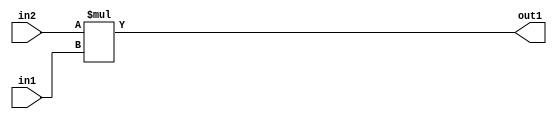
`timescale 1ps / 1ps
/*****************************************************************************
    Verilog RTL Description
    
    
    Created by: Stratus DpOpt 2019.1.01 
*******************************************************************************/

module DC_Filter_Mul_9Ux2U_11U_1 (
	in2,
	in1,
	out1
	); /* architecture "behavioural" */ 
input [8:0] in2;
input [1:0] in1;
output [10:0] out1;
wire [10:0] asc001;

assign asc001 = 
	+(in2 * in1);

assign out1 = asc001;
endmodule

/* CADENCE  ubD3Tw8= : u9/ySgnWtBlWxVPRXgAZ4Og= ** DO NOT EDIT THIS LINE ******/